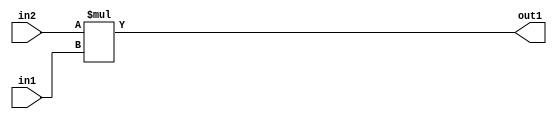
`timescale 1ps / 1ps
/*****************************************************************************
    Verilog RTL Description
    
    
    Created by: Stratus DpOpt 2019.1.01 
*******************************************************************************/

module DC_Filter_Mul_9Ux2U_11U_1 (
	in2,
	in1,
	out1
	); /* architecture "behavioural" */ 
input [8:0] in2;
input [1:0] in1;
output [10:0] out1;
wire [10:0] asc001;

assign asc001 = 
	+(in2 * in1);

assign out1 = asc001;
endmodule

/* CADENCE  ubD3Tw8= : u9/ySgnWtBlWxVPRXgAZ4Og= ** DO NOT EDIT THIS LINE ******/